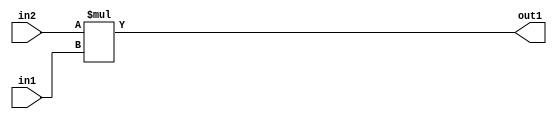
`timescale 1ps / 1ps
/*****************************************************************************
    Verilog RTL Description
    
    
    Created by: Stratus DpOpt 2019.1.01 
*******************************************************************************/

module DC_Filter_Mul_9Ux2U_11U_1 (
	in2,
	in1,
	out1
	); /* architecture "behavioural" */ 
input [8:0] in2;
input [1:0] in1;
output [10:0] out1;
wire [10:0] asc001;

assign asc001 = 
	+(in2 * in1);

assign out1 = asc001;
endmodule

/* CADENCE  ubD3Tw8= : u9/ySgnWtBlWxVPRXgAZ4Og= ** DO NOT EDIT THIS LINE ******/